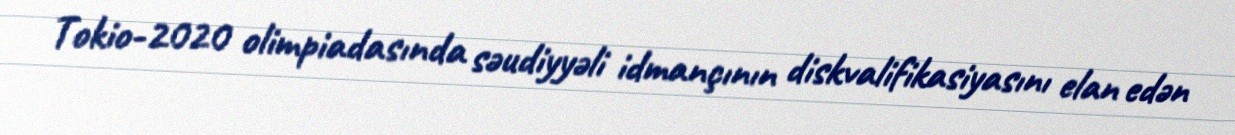
Tokio-2020 olimpiadasında səudiyyəli idmançının diskvalifikasiyasını elan edən